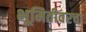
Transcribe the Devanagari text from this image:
भूमितीवरचा